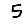
Digit: 5